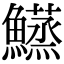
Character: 𬵴